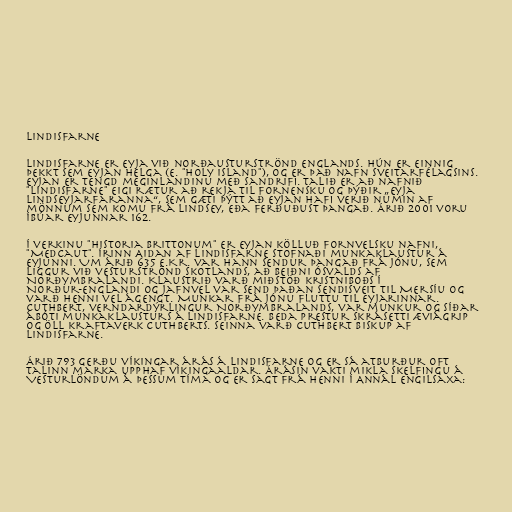
Lindisfarne

Lindisfarne er eyja við norðausturströnd Englands. Hún er einnig
þekkt sem Eyjan helga (e. "Holy Island"), og er það nafn sveitarfélagsins.
Eyjan er tengd meginlandinu með sandrifi. Talið er að nafnið
"Lindisfarne" eigi rætur að rekja til fornensku og þýðir „eyja
Lindseyjarfaranna“, sem gæti þýtt að eyjan hafi verið numin af
mönnum sem komu frá Lindsey, eða ferðuðust þangað. Árið 2001 voru
íbúar eyjunnar 162.

Í verkinu "Historia Brittonum" er eyjan kölluð fornvelsku nafni,
"Medcaut". Írinn Aidan af Lindisfarne stofnaði munkaklaustur á
eyjunni. Um árið 635 e.Kr. var hann sendur þangað frá Jónu, sem
liggur við vesturströnd Skotlands, að beiðni Ósvalds af
Norðymbralandi. Klaustrið varð miðstöð kristniboðs í
Norður-Englandi og jafnvel var send þaðan sendisveit til Mersíu og
varð henni vel ágengt. Munkar frá Jónu fluttu til eyjarinnar.
Cuthbert, verndardýrlingur Norðymbralands, var munkur og síðar
ábóti munkaklausturs á Lindisfarne. Beda prestur skrásetti æviágrip
og öll kraftaverk Cuthberts. Seinna varð Cuthbert biskup af
Lindisfarne.

Árið 793 gerðu víkingar árás á Lindisfarne og er sá atburður oft
talinn marka upphaf víkingaaldar. Árásin vakti mikla skelfingu á
Vesturlöndum á þessum tíma og er sagt frá henni í Annál Engilsaxa: